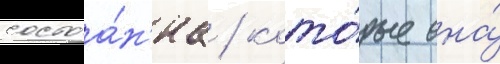
состоа́н'иа / кото́рые она́